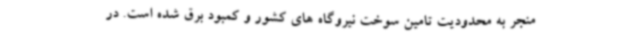
منجر به محدودیت تامین سوخت نیروگاه های کشور و کمبود برق شده است. در